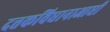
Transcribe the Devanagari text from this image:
दत्तकविधानाआधी